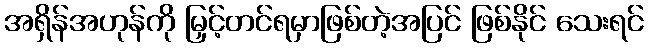
အရှိန်အဟုန်ကို မြှင့်တင်ရမှာဖြစ်တဲ့အပြင် ဖြစ်နိုင် သေးရင်